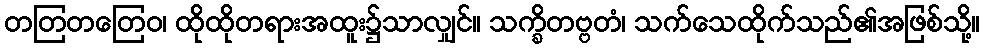
တတြတတြေဝ၊ ထိုထိုတရားအထူး၌သာလျှင်။ သက္ခိတဗ္ဗတံ၊ သက်သေထိုက်သည်၏အဖြစ်သို့။